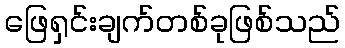
ဖြေရှင်းချက်တစ်ခုဖြစ်သည်